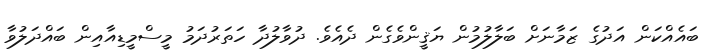
ބައެއްކަން އަދުގެ ޒަމާނަށް ބަލާލުމުން ޔަޤީންވެގެން ދެއެވެ. ދުވާލުދާ ހަތަރުދަމު މީސްމީޑިއާއިން ބައްދަލުވާ